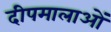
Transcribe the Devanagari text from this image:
दीपमालाओं